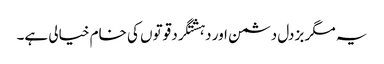
یہ مگر بزدل دشمن اور دہشتگرد قوتوں کی خام خیالی ہے۔